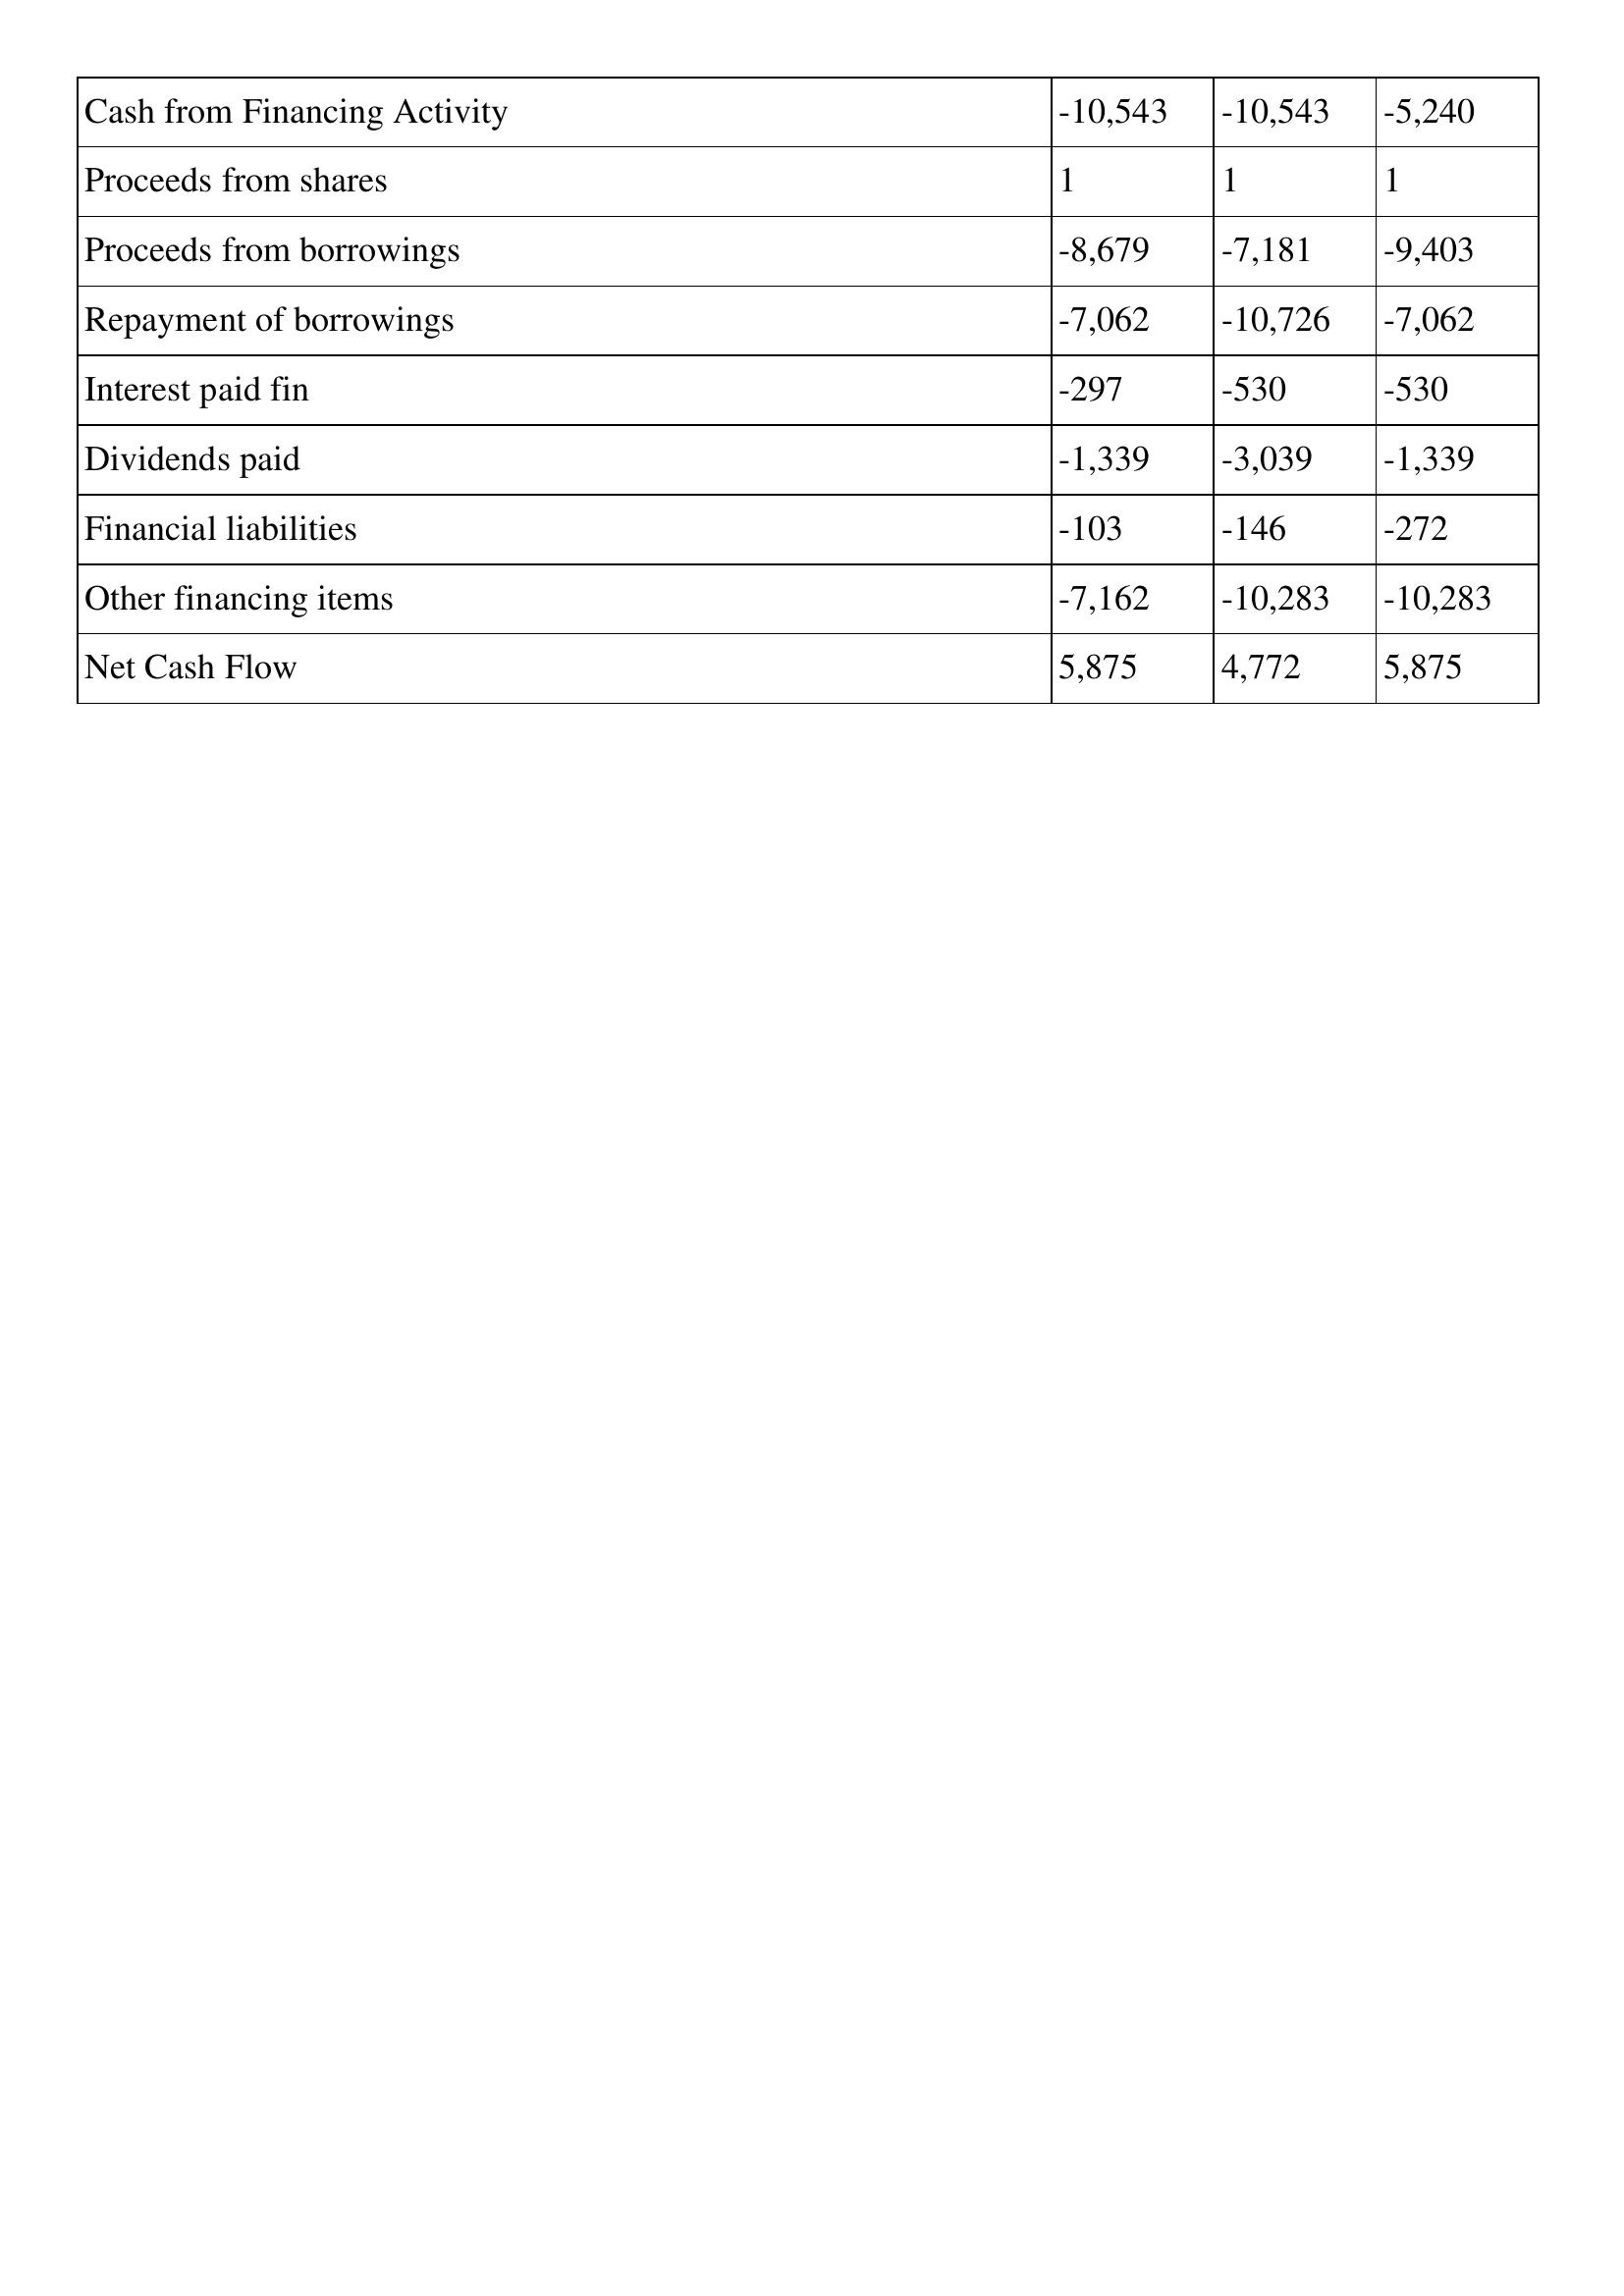
gt_parse: 1995: Cash Flows: Cash from Financing Activity: -10,543
Proceeds from shares: 1
Proceeds from borrowings: -8,679
Repayment of borrowings: -7,062
Interest paid fin: -297
Dividends paid: -1,339
Financial liabilities: -103
Other financing items: -7,162
Net Cash Flow: 5,875
1994: Cash Flows: Cash from Financing Activity: -10,543
Proceeds from shares: 1
Proceeds from borrowings: -7,181
Repayment of borrowings: -10,726
Interest paid fin: -530
Dividends paid: -3,039
Financial liabilities: -146
Other financing items: -10,283
Net Cash Flow: 4,772
1993: Cash Flows: Cash from Financing Activity: -5,240
Proceeds from shares: 1
Proceeds from borrowings: -9,403
Repayment of borrowings: -7,062
Interest paid fin: -530
Dividends paid: -1,339
Financial liabilities: -272
Other financing items: -10,283
Net Cash Flow: 5,875